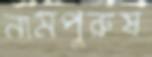
নামপুরুষ